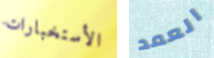
الأستخبارات العمد